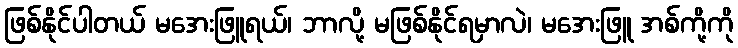
ဖြစ်နိုင်ပါတယ် မအေးဖြူရယ်၊ ဘာလို့ မဖြစ်နိုင်ရမှာလဲ၊ မအေးဖြူ အစ်ကို့ကို